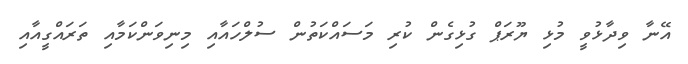
އޭނާ ވިދާޅުވީ މުޅި ޔޫރަޕް ގުޅިގެން ކުރި މަސައްކަތުން ސުލްހައާއި މިނިވަންކަމާއި ތަރައްގީއާއި